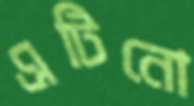
এটিনো